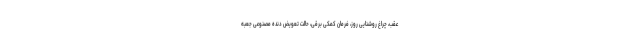
عقب، چراغ روشنایی روز، فرمان کمکی برقی، حالت تعویض دنده مصنوعی جعبه